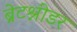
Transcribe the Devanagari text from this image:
ब्रेटश्नीडर